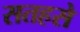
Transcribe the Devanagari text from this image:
सतहसे